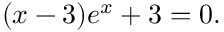
( x - 3 ) e ^ { x } + 3 = 0 .